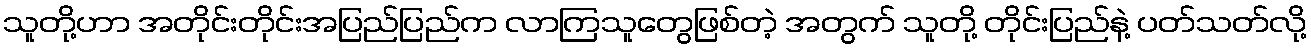
သူတို့ဟာ အတိုင်းတိုင်းအပြည်ပြည်က လာကြသူတွေဖြစ်တဲ့ အတွက် သူတို့ တိုင်းပြည်နဲ့ ပတ်သတ်လို့